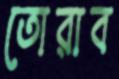
তোরাব